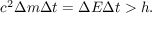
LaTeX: c ^ { 2 } \Delta m \Delta t = \Delta E \Delta t > h .